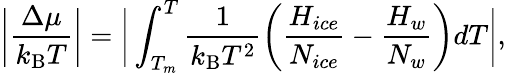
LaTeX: \bigg|\frac{\Delta\mu}{k_{\mathrm{B}}T}\bigg|=\bigg|\int_{T_{m}}^{T}\frac{1}{k_{\mathrm{B}}T^{2}}\left(\frac{H_{ice}}{N_{ice}}-\frac{H_{w}}{N_{w}}\right)dT\bigg|,